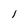
Character: 1